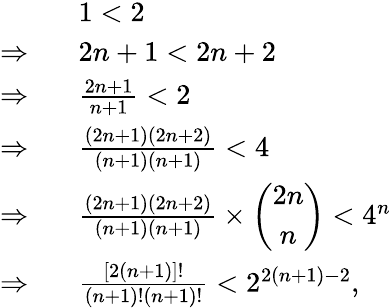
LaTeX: \begin{array}{rl}&{1<2}\\ {\Rightarrow~~}&{2n+1<2n+2}\\ {\Rightarrow~~}&{\frac{2n+1}{n+1}<2}\\ {\Rightarrow~~}&{\frac{\left(2n+1\right)\left(2n+2\right)}{\left(n+1\right)\left(n+1\right)}<4}\\ {\Rightarrow~~}&{\frac{\left(2n+1\right)\left(2n+2\right)}{\left(n+1\right)\left(n+1\right)}\times\left(\begin{array}{c}{2n}\\ {n}\end{array}\right)<4^{n}}\\ {\Rightarrow~~}&{\frac{\left[2\left(n+1\right)\right]!}{\left(n+1\right)!\left(n+1\right)!}<2^{2\left(n+1\right)-2},}\end{array}